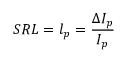
S R L = l _ { p } = \frac { \Delta I _ { p } } { I _ { p } }